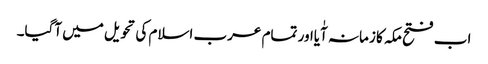
اب فتح مکہ کا زمانہ آٰیااور تمام عرب اسلام کی تحویل میں آگیا۔